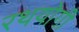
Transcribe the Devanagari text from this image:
रथयोगी